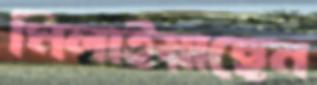
মিলাইয়াছেন